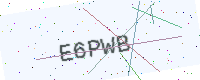
Text: E6PWB